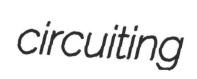
circuiting